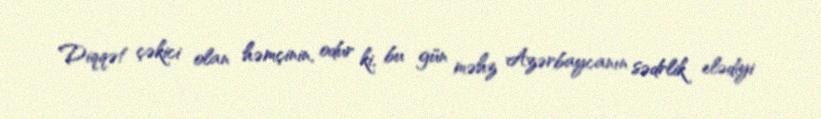
Diqqət çəkici olan həmçinin, odur ki, bu gün məhz Azərbaycanın sədrlik elədiyi